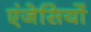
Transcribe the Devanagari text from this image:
एंजेसियों